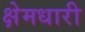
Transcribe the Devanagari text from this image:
क्षेमधारी